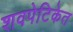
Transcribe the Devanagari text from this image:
शवपेटिकेत